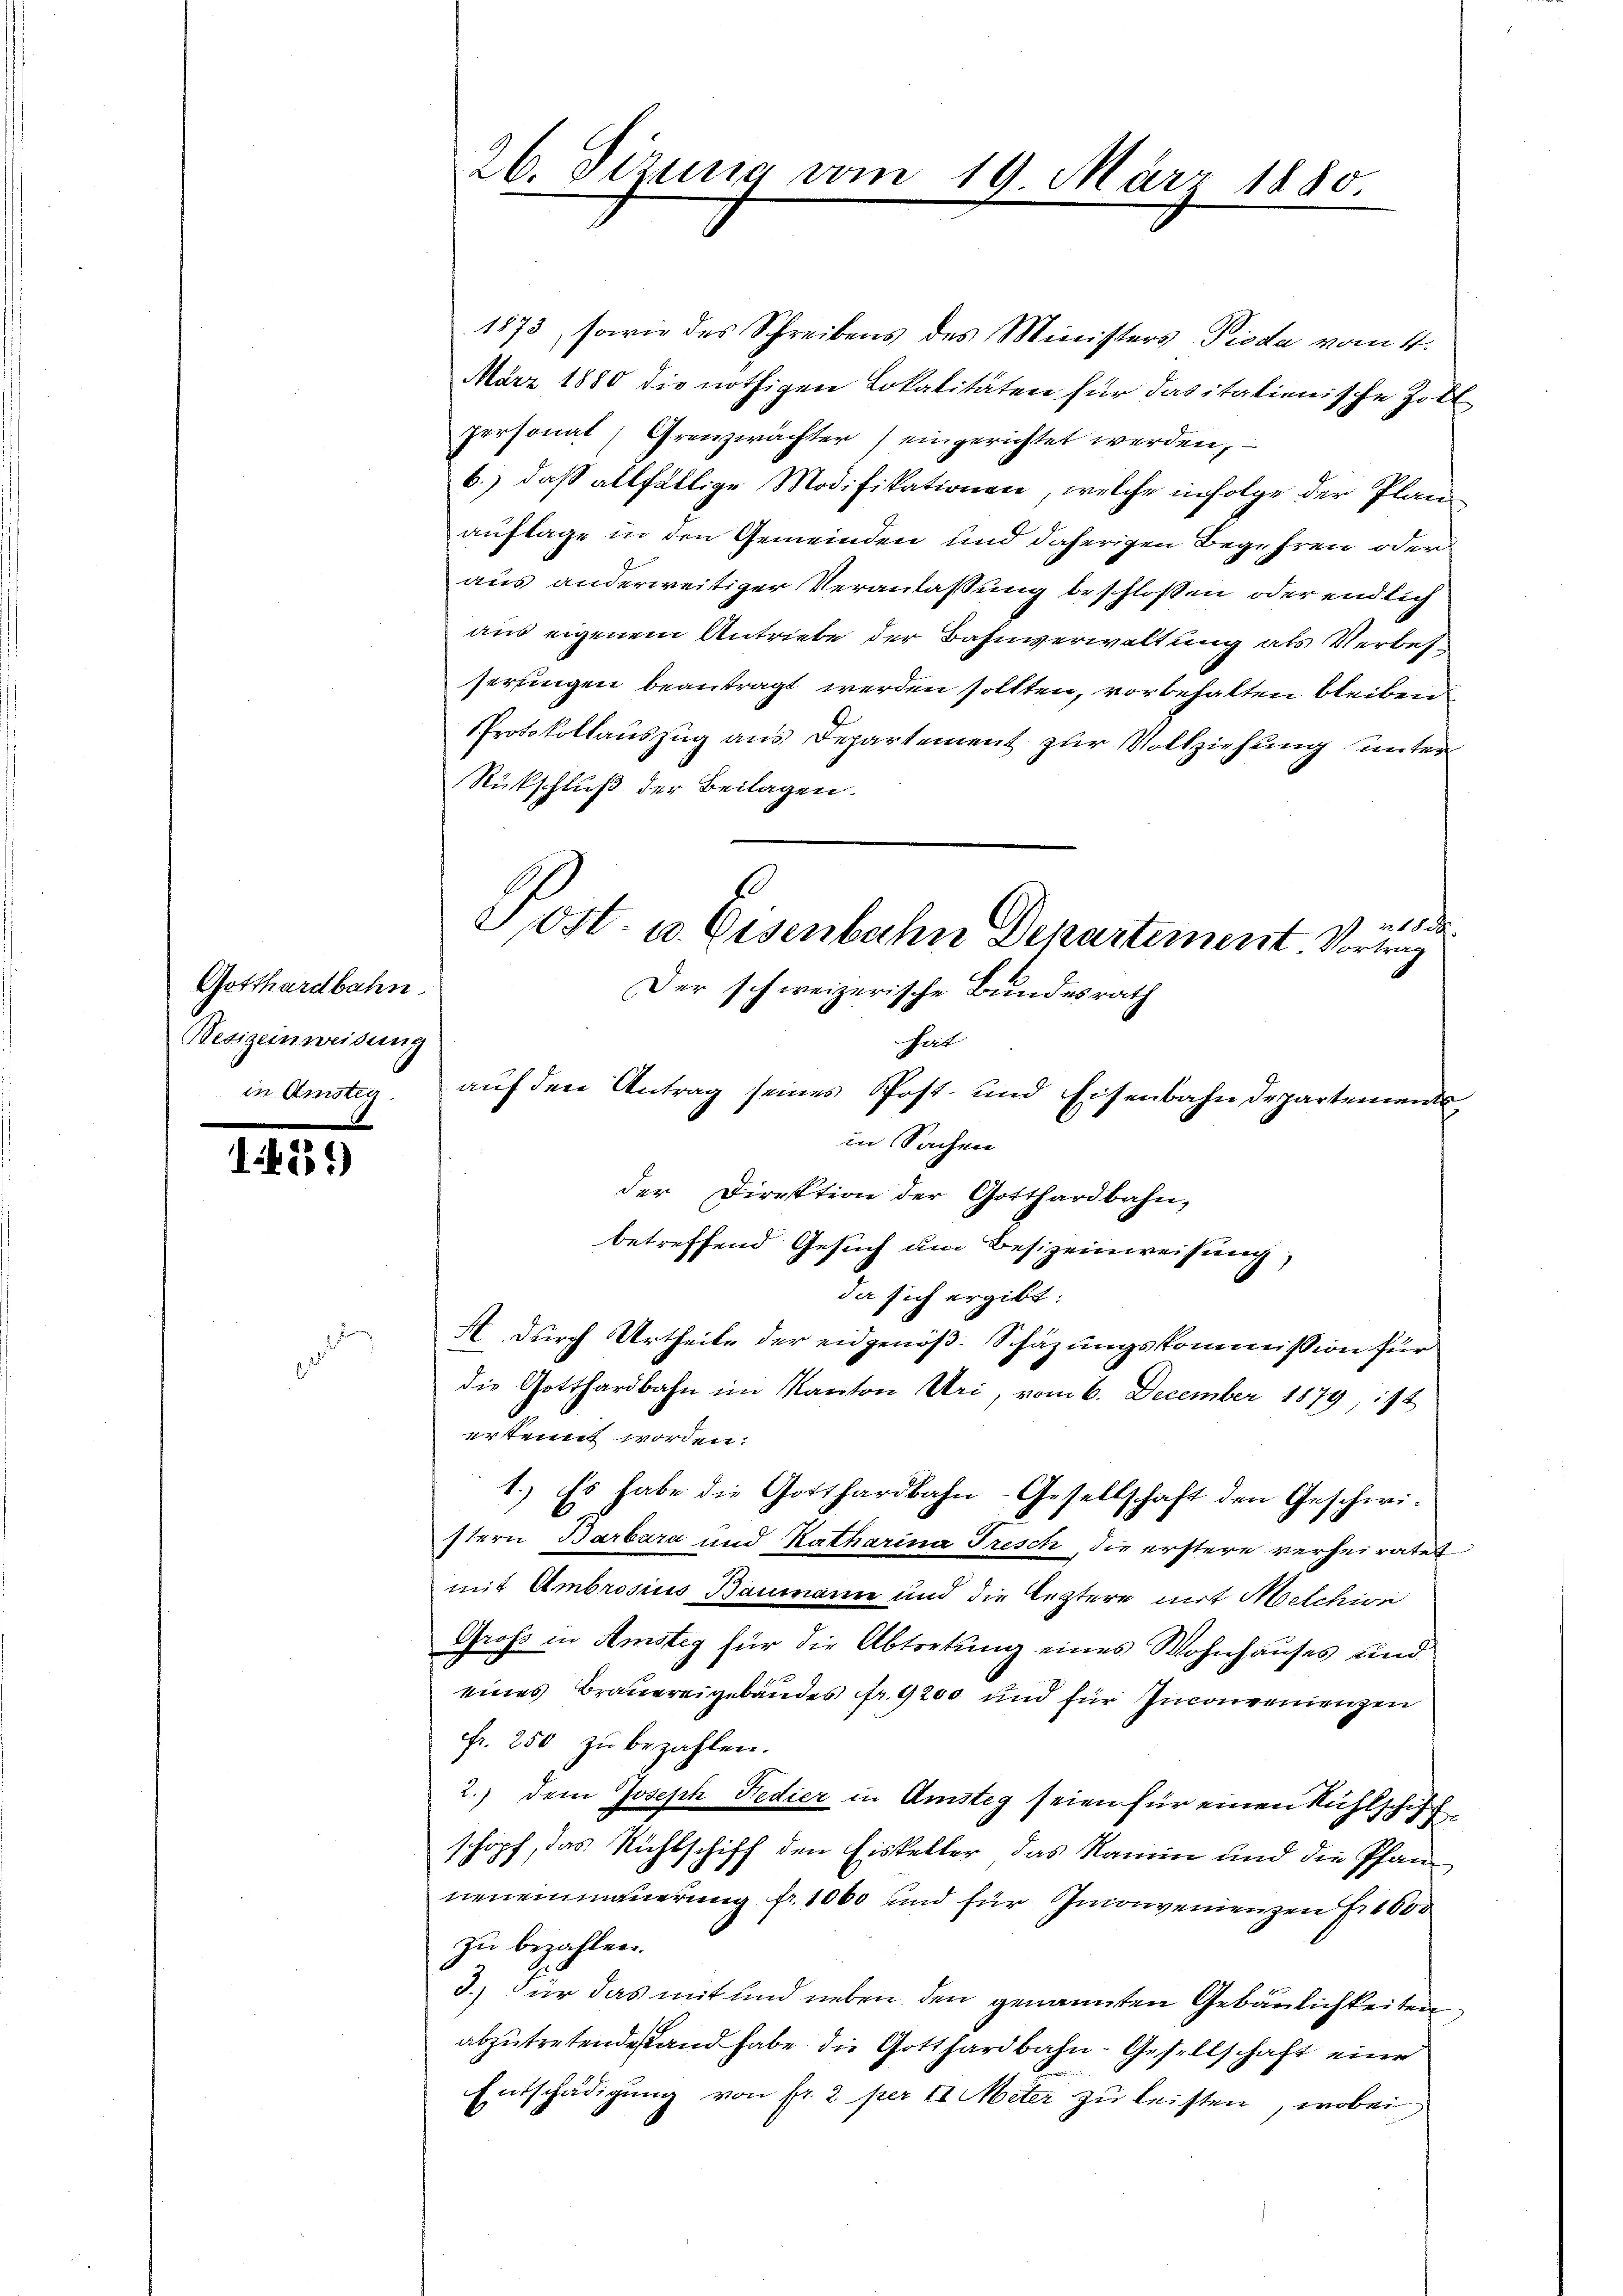
Gotthardbahn.
Besizeinweisung
in Anstig.

1451)

1
2

1873, sowie des Schreibens des Ministers Pioda vom 4.
März 1880 die nöthigen Lokalitäten für das italienische Zoll
personat Grenzwächter) eingerichtet werden,
b.) daß allfällige Modifikationen, welche infolge der Planauflage in den Gemeinden und daherigen Begehren oder
aus anderweitiger Veranlaßung beschlossen oder endlich
aus eigenem Antriebe der Bahnverwaltung als Verbesserungen beantragt werden sollten, vorbehalten bleiben
Protokollauszug aus Departement zur Vollziehung unter
Rückschluß der Beilagen.
a
hat
auf den Antrag seines Post- und Eisenbahn Departement
in Sachen
der Direktion der Gotthardbahn,
betreffend Gesuch um Besizeinweisung,
da sich ergibt:
A durch Urtheile der eidgenöß. Schazungskommission für
die Gotthardbahn im Kanton Uri, vom 6. December 1879, 114
erkennt worden.
1.) Es habe die Gotthardbahn-Gesellschaft den Geschwi-
stern Barbara und Katharina Tresch, die erstere verheiratet
mit Ambrosius Baumanne und die leztere mit Melchion
Gross in Amsteg für die Abtretung eines Wohnhauses und
eines Braŭereigebäudes fr. 9200 und für Inconvenienzen
fr. 250 zu bezahlen.
2.) Dem Joseph Fedier in Amsteg seien für einen Rühlschiffschopf, das Richtschiff den Eiskelter das Namen und die Pfanneneinmauerung fr. 1000 und für Inconvenienzen Fr. 1000
zu bezahlen.
3.) Für das mit und neben den genannten Gebäulichkeiten
abzutretendestand habe die Gotthardbahn-Gesellschaft eine
Entschädigung von fr. 2 per II. Miter zu leisten, wobei

26. Sizung vom 19. März 1880

.
20st. u. Eisenbahn Departement Vortrag
Der schweizerische Bundesrath